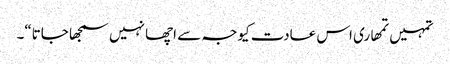
تمہیں تمھاری اس عادت کیوجہ سے اچھا نہیں سمجھا جاتا“۔